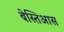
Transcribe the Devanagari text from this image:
बेस्तिआस